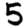
Digit: 5